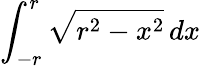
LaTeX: \int_{-r}^{r}{\sqrt{r^{2}-x^{2}}}\, dx